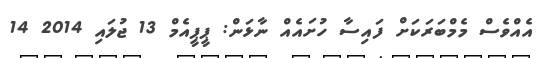
އެއްވެސް މެމްބަރަކަށް ފައިސާ ހުށައެއް ނާޅަން: ޕީޕީއެމް 13 ޖުލައި 2014 14